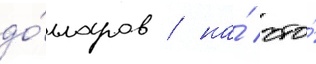
до́лларов / на́ что́